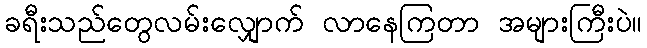
ခရီးသည်တွေလမ်းလျှောက် လာနေကြတာ အများကြီးပဲ။